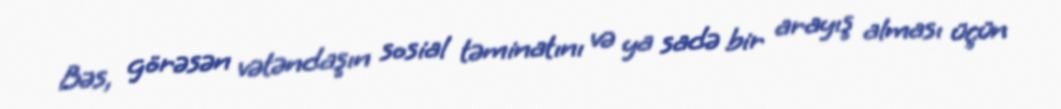
Bəs, görəsən vətəndaşın sosial təminatını və ya sadə bir arayış alması üçün